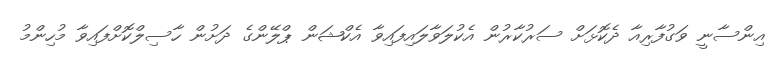
އިންސާނީ ވަގުފާރިއާ ދެކޮޅަށް ސަރުކާރުން އެކުލަވާލައިފައިވާ އެކްޝަން ޕްލޭންގެ ދަށުން ހާސިލްކޮށްފައިވާ މުހިންމު